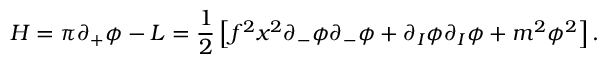
{ \cal { H } } = \pi \partial _ { + } \phi - { \cal { L } } = { \frac { 1 } { 2 } } \left[ f ^ { 2 } x ^ { 2 } \partial _ { - } \phi \partial _ { - } \phi + \partial _ { I } \phi \partial _ { I } \phi + m ^ { 2 } \phi ^ { 2 } \right] .